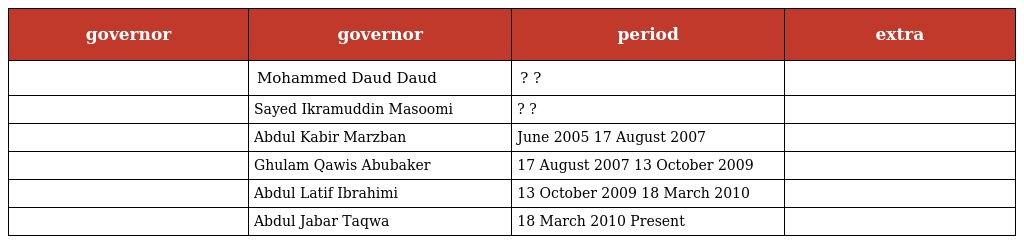
| governor | governor | period | extra |
 | --- | --- | --- | --- |
 |  | Mohammed Daud Daud | ? ? |  |
 |  | Sayed Ikramuddin Masoomi | ? ? |  |
 |  | Abdul Kabir Marzban | June 2005 17 August 2007 |  |
 |  | Ghulam Qawis Abubaker | 17 August 2007 13 October 2009 |  |
 |  | Abdul Latif Ibrahimi | 13 October 2009 18 March 2010 |  |
 |  | Abdul Jabar Taqwa | 18 March 2010 Present |  |